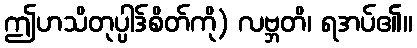
ဤဟသိတုပ္ပါဒ်စိတ်ကို) လဗ္ဘတိ၊ ရအပ်၏။